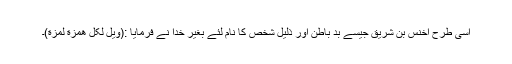
اسی طرح اخنس بن شریق جیسے بد باطن اور ذلیل شخص کا نام لئے بغیر خدا نے فرمایا :(ویل لکل ھمزة لمزة)۔